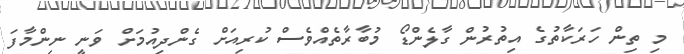
މި ތިން ހަރަކާތުގެ އިތުރުން ގާލެންޑޯ މުބާރާތެއްވެސް ކުރިއަށް ގެންދިއުމަށް ވަނީ ނިންމާފަ